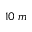
1 0 \; m